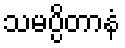
သမပ္ပိတာနံ